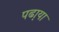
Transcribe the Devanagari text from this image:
पढा़या